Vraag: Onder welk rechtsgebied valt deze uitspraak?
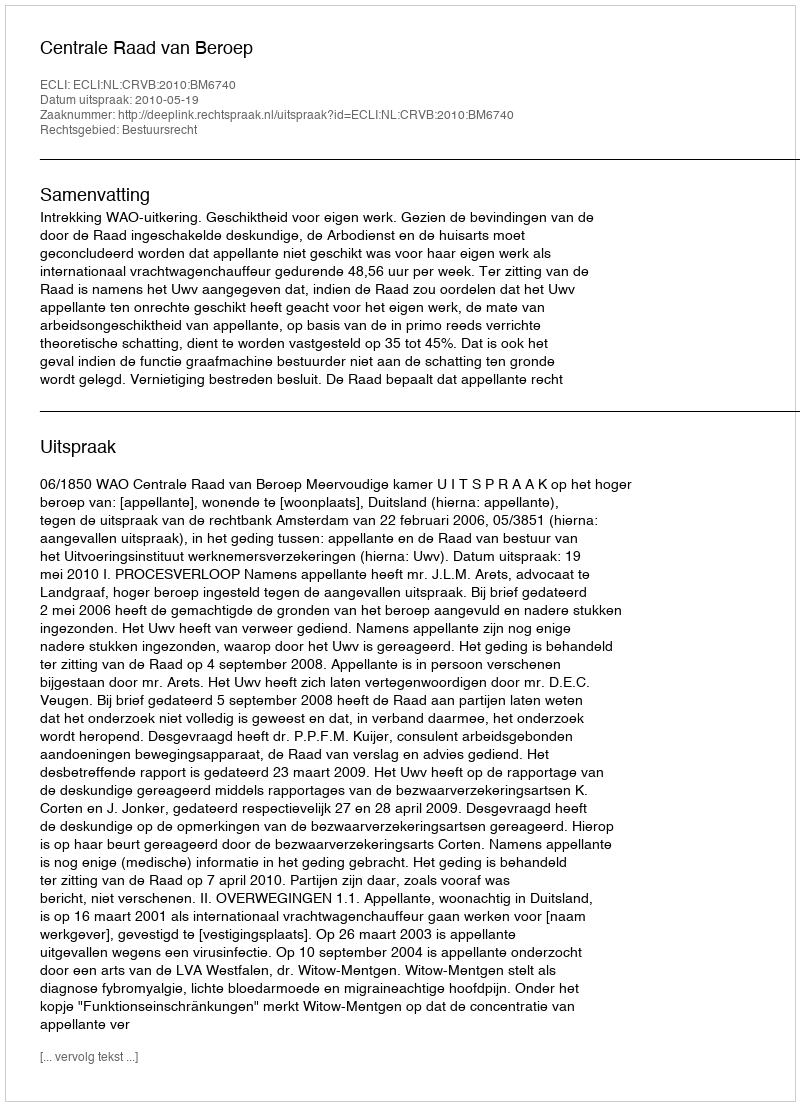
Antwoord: Bestuursrecht